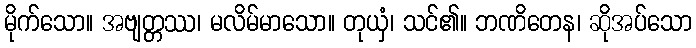
မိုက်သော။ အဗျတ္တဿ၊ မလိမ်မာသော။ တုယှံ၊ သင်၏။ ဘဏိတေန၊ ဆိုအပ်သော